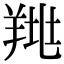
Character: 𦎉